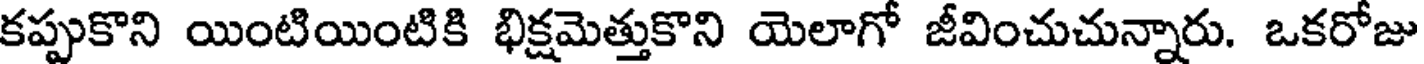
కప్పుకొని యింటియింటికి భిక్షమెత్తుకొని యెలాగో జీవించుచున్నారు. ఒకరోజు